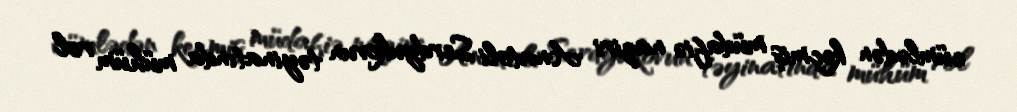
cümlədən keçmiş müdafiə naziri Anatoli Serdyukovun təyinatında mühüm rol